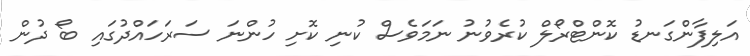
އަލިފާންގަނޑު ކޮންޓްރޯލް ކުރެވުނު ނަމަވެސް ކުނި ކޮށި ހުންނަ ސަރަހައްދުގައި ބޯ ދުން